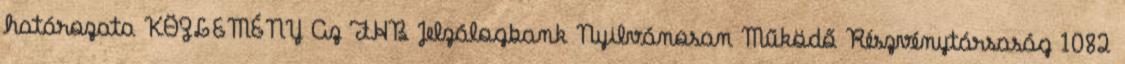
határozata KÖZLEMÉNY Az FHB Jelzálogbank Nyilvánosan Működő Részvénytársaság 1082